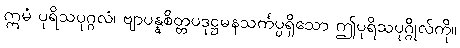
ဣမံ ပုရိသပုဂ္ဂလံ၊ ဗျာပန္နစိတ္တပဒုဋ္ဌမနသင်္ကပ္ပရှိသော ဤပုရိသပုဂ္ဂိုလ်ကို။